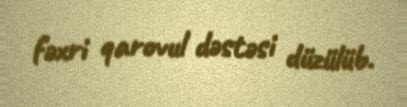
fəxri qarovul dəstəsi düzülüb.